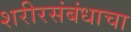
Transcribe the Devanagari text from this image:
शरीरसंबंधाचा